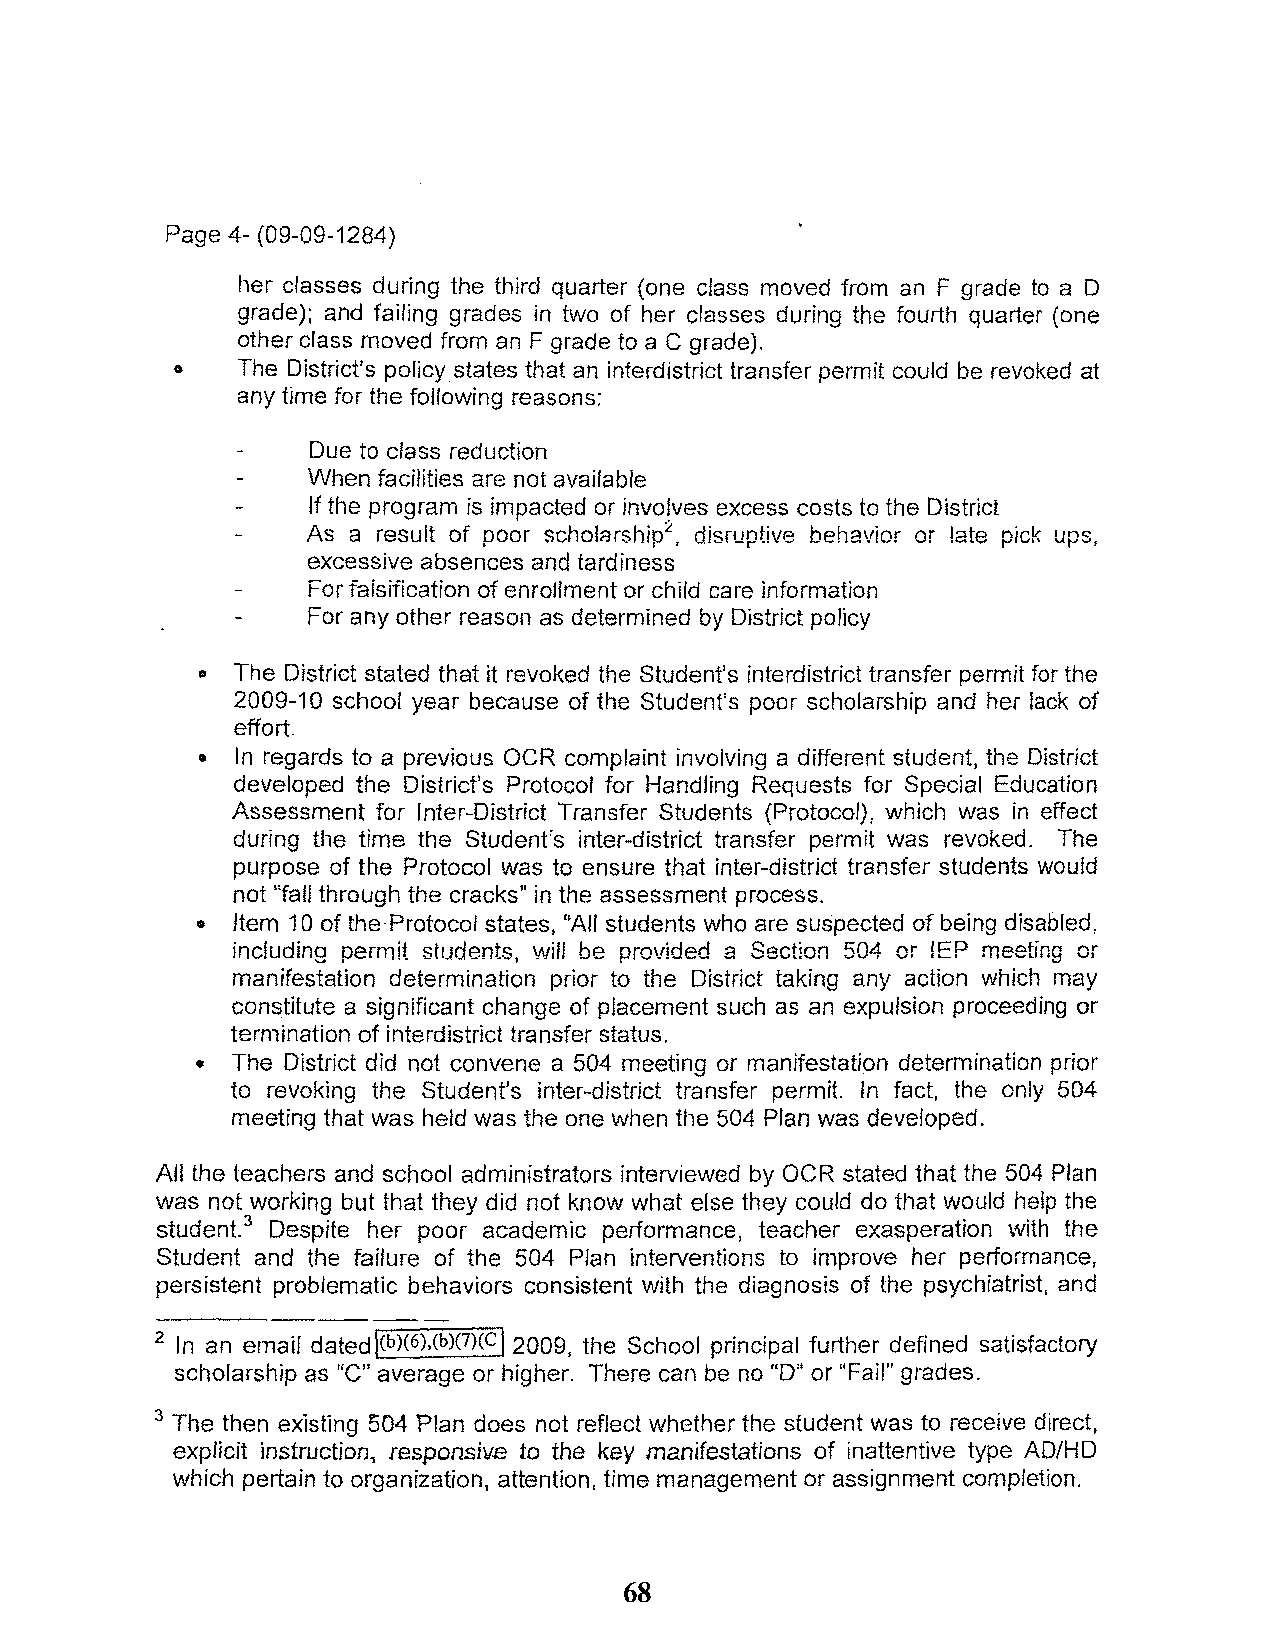
Page 4- (09-09-1284)
 her classes during the third quarter (one class moved from an F grade to a D
 grade); and failing grades in two of her classes during the fourth quarter (one
 other class moved from an F grade to a C grade).
 •   The District's policy states that an interdistrict transfer permit could be revoked at
 any time for the foHowing reasons:
 Due to class reduction
 When facilities are not available
 If the program is impacted or involves excess costs to the District
 As a result of poor schol8rship:l:, disruptive behavior or late pick ups,
 excessive absences and tardiness
 For faisification of enrol/ment or child care information
 For any other reason as determined by District policy
 .. The District stated that it revoked the Student's interdistrict transfer permit for the
 2009-10 school year because of the Student's poor scholarship and her lack of
 effort.
 •  In regards to a previous OCR complaint involving a different student, the District
 developed the District's Protocol for Handling Requests for Special Education
 Assessment for Inter-District Transfer Students (Protocol), which was in effect
 during the time the Student's inter-district transfer permit was revoked. The
 purpose of the Protocol was to ensure that inter-district transfer students would
 not "fall through the cracks" in the assessment process.
 • Item 10 of the Protocol states, "All students who are suspected of being disabled,
 including permit students, will be provided a Section 504 or !EP meeting or
 manifestation determination prior to the District taking any action which may
 constitute a significant change of placement such as an expUlsion proceeding or
 termination of interdistrict transfer status.
 • The District did not convene a 504 meeting or manifestation determination prior
 to revoking the Student's inter-district transfer permit. In fact, the only 504
 meeting that was held was the one when the 504 Plan was developed.
 All the teachers and school administrators interviewed by OCR stated that the 504 Plan
 was not working but that they did not know what else they could do tllat would help the
 3
 student. Despite her poor academic performance, teacher exasperation with the
 Student and the failure of the 504 Plan interventions to improve her performance,
 persistent problematic behaviors consistent with the diagnosis of the psychiatrist, and
 2 In an email datedl(b)(6),(b)(7)(CI2009, the School principal further defined satisfactory
 scholarship as "C" average or higher. There can be no "0" or "Fail" grades.
 3 The then existing 504 Plan does not reflect whether the student was to receive direct,
 explicit instruction, !esponsiv.e to the key manifestations of inattentive type AD/HD
 which pertain to organization, attention, time management or assignment completion.
 68